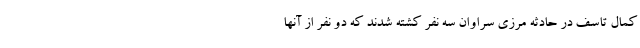
کمال تاسف در حادثه مرزی سراوان سه نفر کشته شدند که دو نفر از آنها